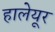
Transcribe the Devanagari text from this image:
हालेयूर